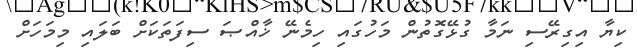
ކިޔާ އިގިރޭސި ނަމާ ގުޅޭގޮތުން މަހުގައި ހިމެނޭ ޚާއްޞަ ސިފަތަކަށް ބަލައި މިމަހަށް